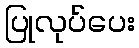
ပြုလုပ်ပေး